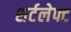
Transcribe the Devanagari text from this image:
शर्टलेफ्ट